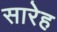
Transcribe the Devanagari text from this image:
सारेह